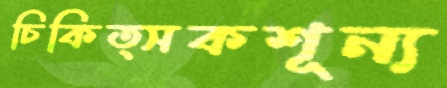
চিকিত্সকশূন্য